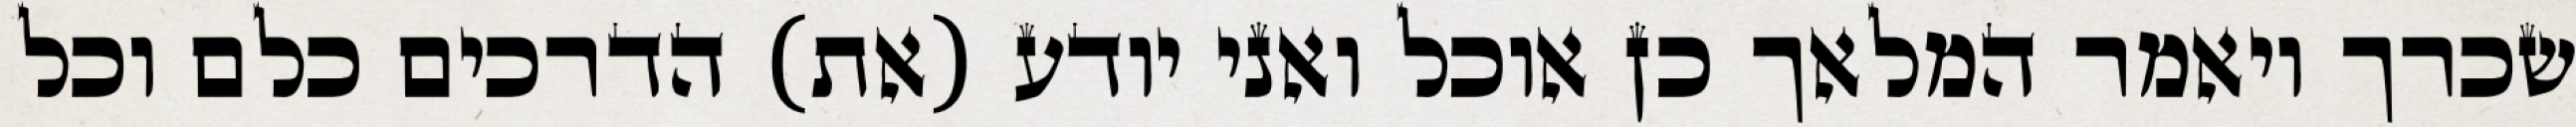
שכרך ויאמר המלאך כן אוכל ואני יודע (את) הדרכים כלם וכל